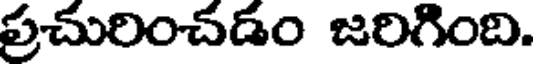
ప్రచురించడం జరిగింది.